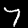
Label: 7